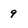
Character: 9